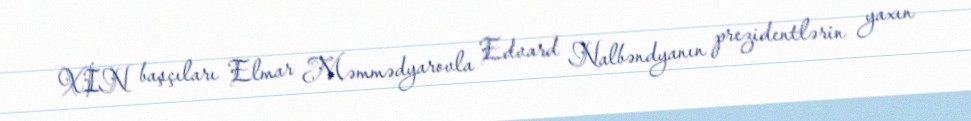
XİN başçıları Elmar Məmmədyarovla Edvard Nalbəndyanın prezidentlərin yaxın